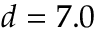
d = 7 . 0